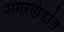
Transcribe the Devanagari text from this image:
नागरखंडांत